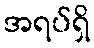
အရပ်ရှိ